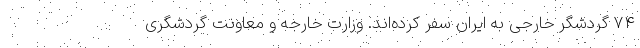
۷۴ گردشگر خارجی به ایران سفر کرده‌اند. وزارت خارجه و معاونت گردشگری